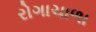
રોગાચાળા